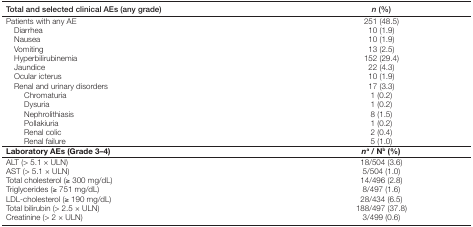
| Total and selected clinical AEs (any grade) | n (%) |
 | --- | --- |
 | Patients with any AE | 251 (48.5) |
 | Diarrhea | 10 (1.9) |
 | Nausea | 10 (1.9) |
 | Vomiting | 13 (2.5) |
 | Hyperbilirubinemia | 152 (29.4) |
 | Jaundice | 22 (4.3) |
 | Ocular icterus | 10 (1.9) |
 | Renal and urinary disorders | 17 (3.3) |
 | Chromaturia | 1 (0.2) |
 | Dysuria | 1 (0.2) |
 | Nephrolithiasis | 8 (1.5) |
 | Pollakiuria | 1 (0.2) |
 | Renal colic | 2 (0.4) |
 | Renal failure | 5 (1.0) |
 | Laboratory AEs (Grade 3–4) | na / Nb (%) |
 | ALT (> 5.1 × ULN) | 18/504 (3.6) |
 | AST (> 5.1 × ULN) | 5/504 (1.0) |
 | Total cholesterol (≥ 300 mg/dL) | 14/496 (2.8) |
 | Triglycerides (≥ 751 mg/dL) | 8/497 (1.6) |
 | LDL-cholesterol (≥ 190 mg/dL) | 28/434 (6.5) |
 | Total bilirubin (> 2.5 × ULN) | 188/497 (37.8) |
 | Creatinine (> 2 × ULN) | 3/499 (0.6) |